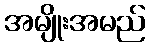
အမျိုးအမည်